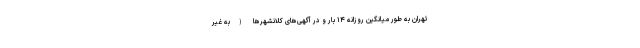
تهران به طور میانگین روزانه ۱۴ بار و در آگهی‌های کلانشهرها (به غیر